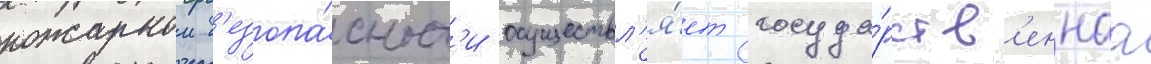
пожарнои б'езопа́сност'и осуществл'я́ет госуда́рств'еннаа